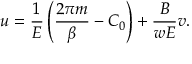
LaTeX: u = \frac { 1 } { { \cal E } } \left( \frac { 2 \pi m } { \beta } - C _ { 0 } \right) + \frac { B } { w { \cal E } } v .